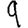
Digit: 9